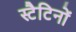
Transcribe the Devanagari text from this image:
स्टैटिनों